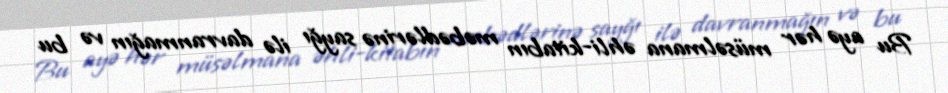
Bu ayə hər müsəlmana əhli-kitabın məbədlərinə sayğı ilə davranmağın və bu